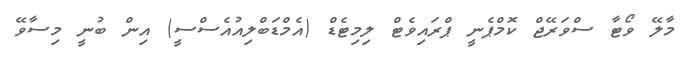
މާލޭ ވޯޓާ ސްވަރޭޖް ކޮމްޕެނީ ޕްރައިވެޓް ލިމިޓެޑް (އެމްޑަބްލިއުއެސްސީ) އިން ބުނީ މިސާވޭ